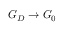
G _ { D } \to G _ { 0 }